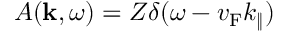
A ( \mathbf { k } , \omega ) = Z \delta ( \omega - v _ { \mathrm { { F } } } k _ { \| } )